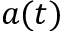
a ( t )